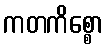
ကတကိစ္စော